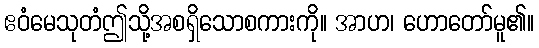
ဧဝံမေသုတံဤသို့အစရှိသောစကားကို။ အာဟ၊ ဟောတော်မူ၏။